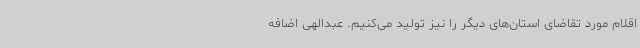
اقلام مورد تقاضای استان‌های دیگر را نیز تولید می‌کنیم. عبدالهی اضافه